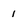
Character: 1